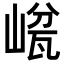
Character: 𡺜